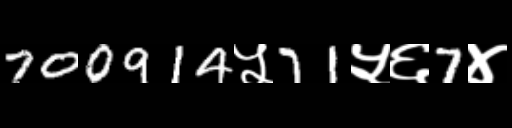
Text: 700914५71५६7४